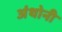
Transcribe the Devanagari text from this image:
अंथोनी